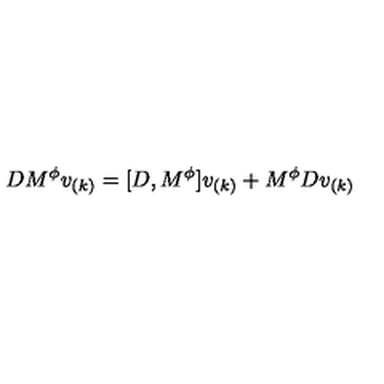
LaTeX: D M ^ { \phi } v _ { ( k ) } = [ D , M ^ { \phi } ] v _ { ( k ) } + M ^ { \phi } D v _ { ( k ) }